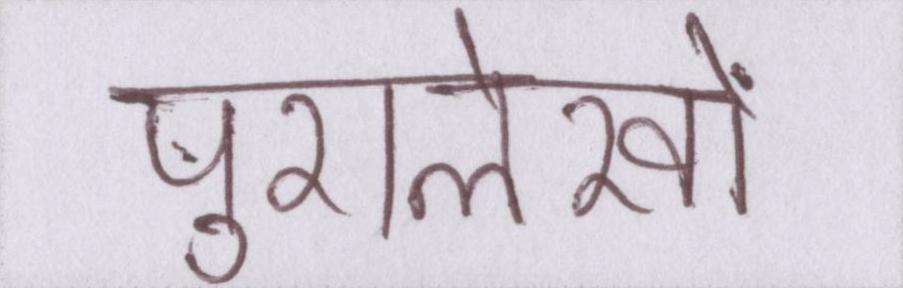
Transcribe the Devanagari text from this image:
पुरालेखों